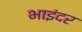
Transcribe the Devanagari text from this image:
भाइंदर